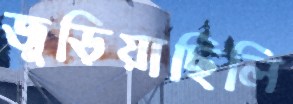
জুড়িয়াছিলি